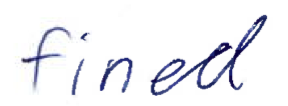
Text: fined
Cross-out: clean
Writing tool: ballpoint